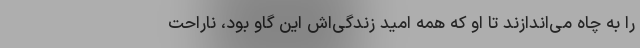
را به چاه می‌اندازند تا او که همه امید زندگی‌اش این گاو بود، ناراحت